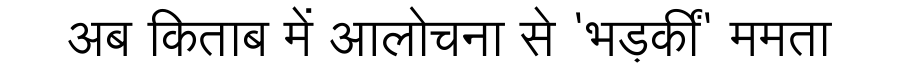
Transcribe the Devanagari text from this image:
अब किताब में आलोचना से 'भड़कीं' ममता